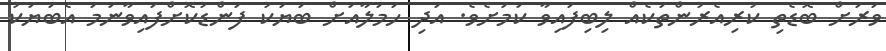
ވަރަށް ބޮޑެތި ކުރިއެރުންތަކެއް ލިބިފައިވާ ކަމަށެވެ. އަދި ހަމަލާއަށް ބަޔަކު ފަންޑުކޮށްފައިވާނަމަ އެބަޔަކު